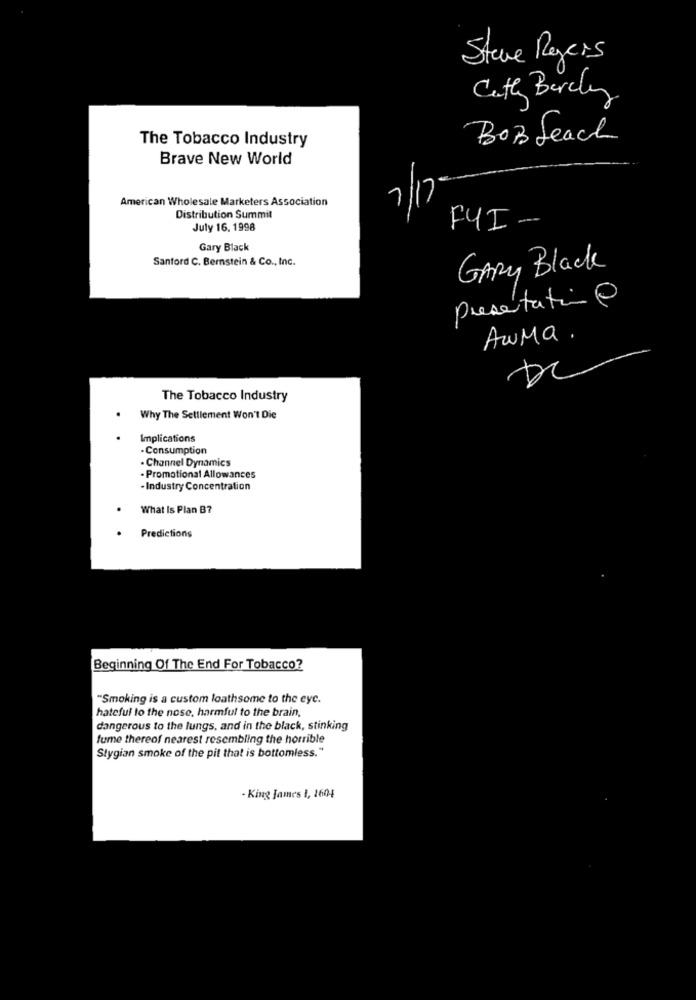
Steve Raycis
Cath Bercy
The Tobacco Industry
BOB Leach
Brave New World
2/17
American Wholesale Marketers Association
Distribution Summit
July 16. 1998
FYI-
Gary Black
Sanford C. Bernstein & Co ., Inc.
GARY Black
presentation@
AwMa.
The Tobacco Industry
Why The Settlement Won't Die
Implications
Consumption
. Channel Dynamics
- Promotional Allowances
- Industry Concentration
What Is Plan B7
Predictions
Beginning Of The End For Tobacco?
"Smoking is a custom loathsome to the eye.
hateful to the nose, harmful to the brain.
dangerous to the lungs, and in the black, stinking
fume thereof nearest resembling the horrible
Stygian smoke of the pit that is bottomless."
- King James 1, 1604